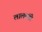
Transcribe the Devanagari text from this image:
लालमंडी